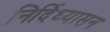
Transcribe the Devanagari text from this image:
निर्दिध्यासन